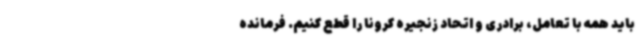
باید همه با تعامل، برادری و اتحاد زنجیره کرونا را قطع کنیم. فرمانده